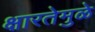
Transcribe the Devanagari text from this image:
क्षारतेमुळे